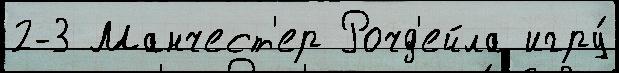
2-3 Манчест'ер Рочд'ейла игру́